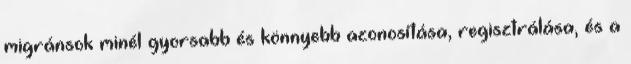
migránsok minél gyorsabb és könnyebb azonosítása, regisztrálása, és a